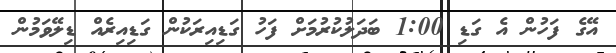
އޭގެ ފަހުން އެ ގަޑި 1:00 ބަދަލުކުރުމަށް ފަހު ގަޑިއިރަކުން ގަޑިއިރެއް ޑިލޭވަމުން